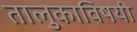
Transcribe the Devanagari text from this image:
तालुकाविषयी